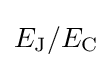
E_{\mathrm {J} }/E_{\mathrm {C} }